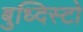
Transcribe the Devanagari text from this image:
बुध्दिस्टो